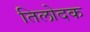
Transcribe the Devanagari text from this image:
तिलोदक